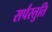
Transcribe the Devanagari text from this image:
सर्पस्तुति